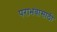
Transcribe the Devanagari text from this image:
पराभवासाठी